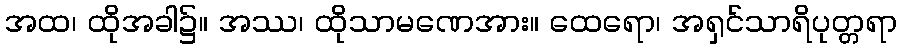
အထ၊ ထိုအခါ၌။ အဿ၊ ထိုသာမဏေအား။ ထေရော၊ အရှင်သာရိပုတ္တရာ